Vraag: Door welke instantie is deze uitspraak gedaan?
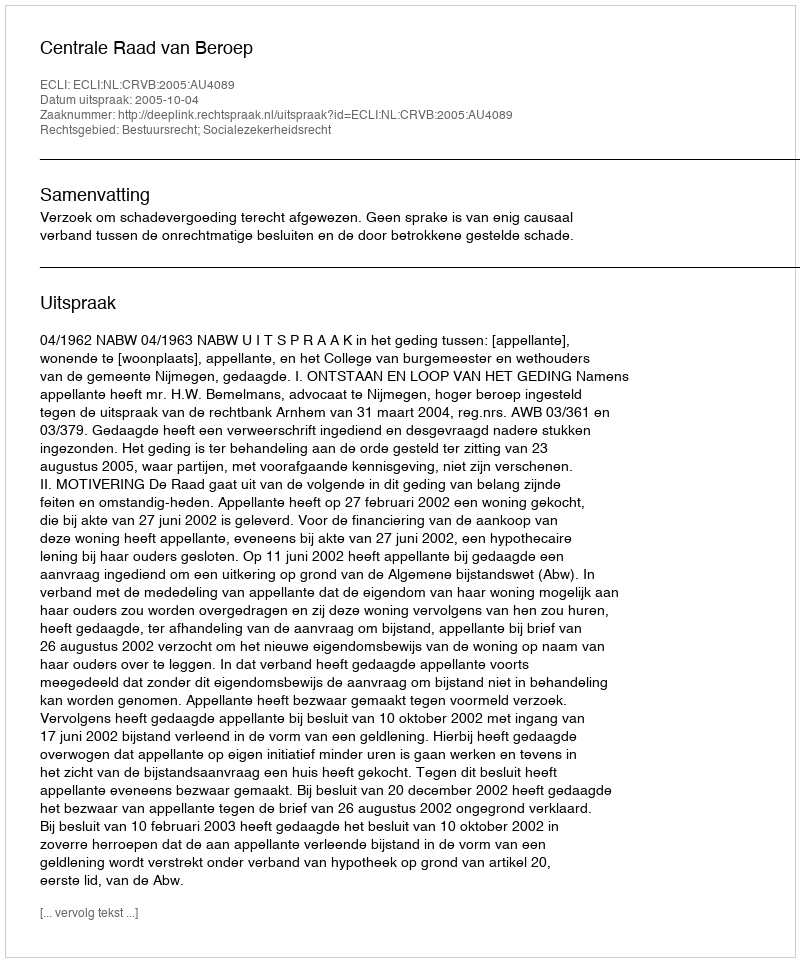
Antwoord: Centrale Raad van Beroep